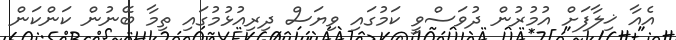
އެއާ ޚިލާފަށް އުމުރުން ދުވަސްވީ ކަމުގައި ވިޔަސް ދިރިއުޅުމުގައި ތިމާ ބޭނުން ކަންކަން